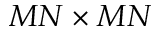
M N \times M N